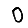
Digit: 0